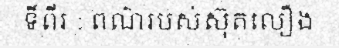
ទីពីរ : ពណ៌របស់ស៊ុតលឿង